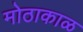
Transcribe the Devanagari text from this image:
मोठाकाळ